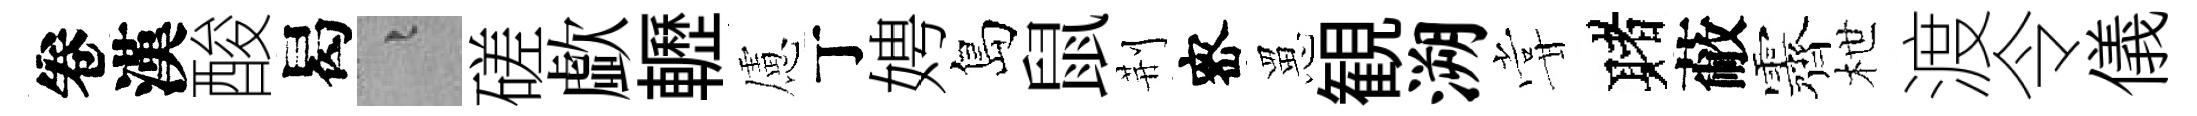
卷漢酸曷融磋歔轣慮丁娉島鼠荆宻罳観溯甞赌蔽露枻渡令儀